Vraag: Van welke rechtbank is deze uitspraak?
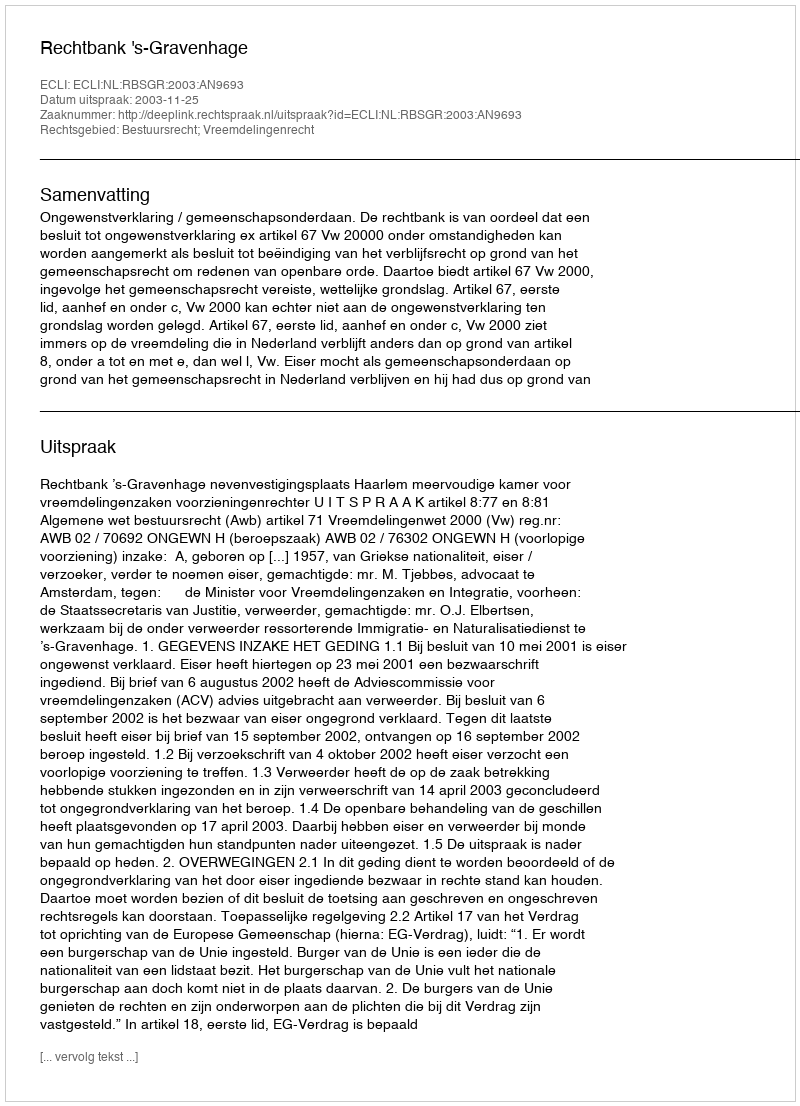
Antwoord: Rechtbank 's-Gravenhage